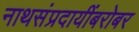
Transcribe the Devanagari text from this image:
नाथसंप्रदायींबरोबर